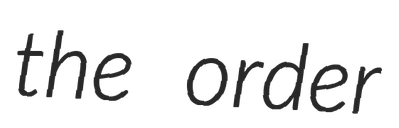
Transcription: the order